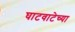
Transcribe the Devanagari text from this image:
घाटवाटेच्या